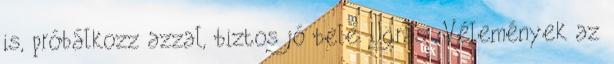
is, próbálkozz azzal, biztos jó bele. Ugrás: Vélemények az